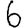
Digit: 6